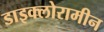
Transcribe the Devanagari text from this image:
डाइक्लोरामीन